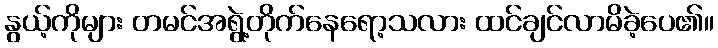
နွယ့်ကိုများ တမင်အရွဲ့တိုက်နေရော့သလား ထင်ချင်လာမိခဲ့ပေ၏။